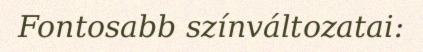
Fontosabb színváltozatai: